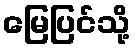
မြေပြင်သို့